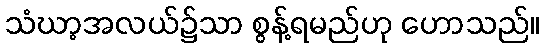
သံဃာ့အလယ်၌သာ စွန့်ရမည်ဟု ဟောသည်။